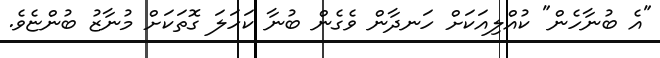
"އެ ބުނާހެން" ކުއްލިއަކަށް ހަނދާން ވެގެން ބުނާ ކަހަލަ ގޮތަކަށް މުނާޒު ބުންޏެވެ.